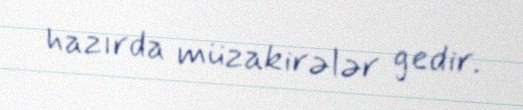
hazırda müzakirələr gedir.